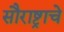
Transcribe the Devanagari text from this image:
सौराष्ट्राचे